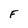
Character: F